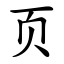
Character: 页